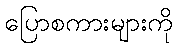
ပြောစကားများကို